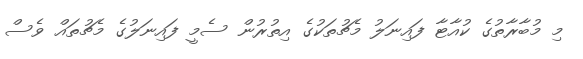
މި މުބާރާތުގެ ކުއާޓާ ފައިނަލު މެޗުތަކުގެ އިތުރުން ސެމީ ފައިނަލުގެ މެޗުތައް ވެސް